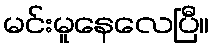
မင်းမူနေလေပြီ။